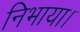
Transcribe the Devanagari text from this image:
निभाया।